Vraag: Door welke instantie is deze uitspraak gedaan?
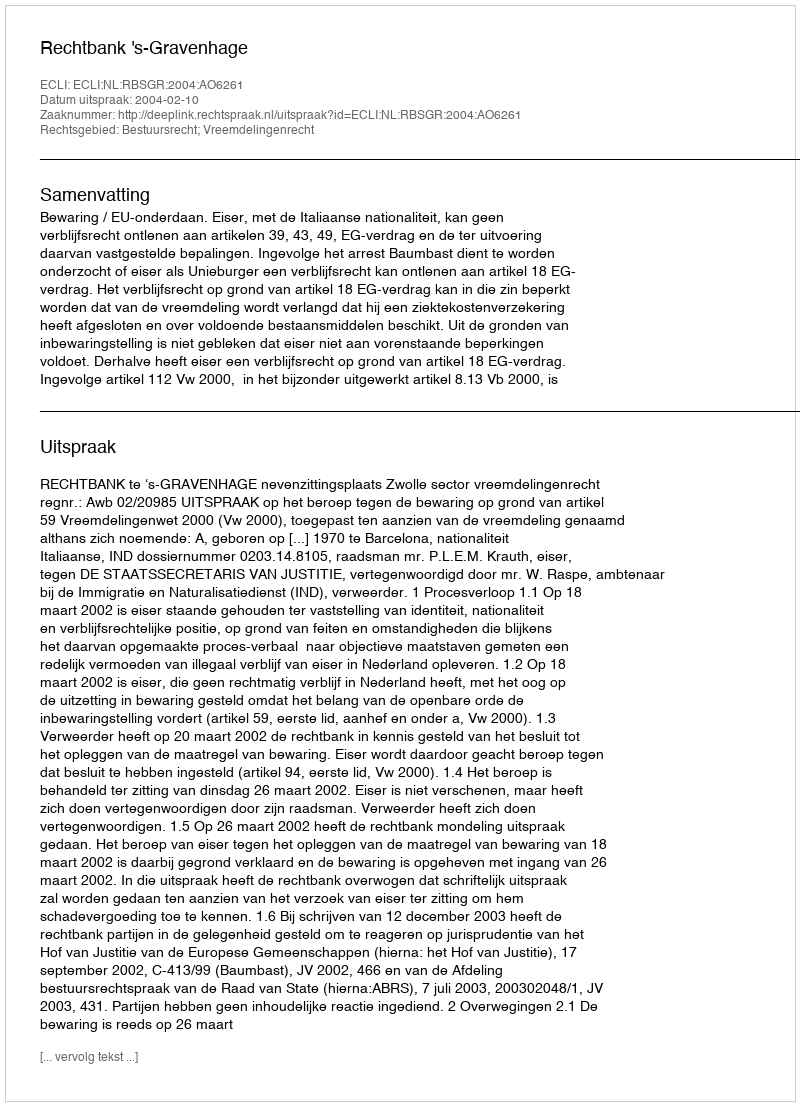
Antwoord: Rechtbank 's-Gravenhage